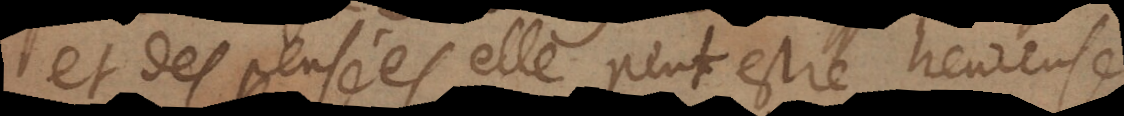
et des pensées elle peut estre heureuse